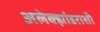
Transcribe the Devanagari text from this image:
अलेक्झांडराशी